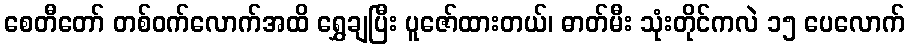
စေတီတော် တစ်ဝက်လောက်အထိ ရွှေချပြီး ပူဇော်ထားတယ်၊ ဓာတ်မီး သုံးတိုင်ကလဲ ၁၅ ပေလောက်